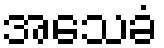
အသေခံ